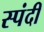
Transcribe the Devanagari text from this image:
स्पंदी